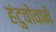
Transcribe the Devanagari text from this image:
हंटुचोवाने